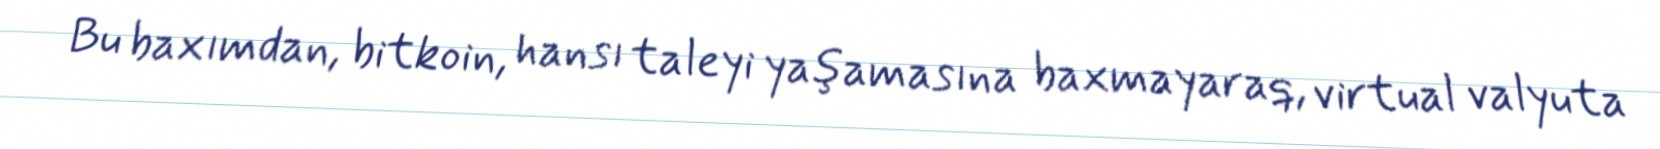
Bu baxımdan, bitkoin, hansı taleyi yaşamasına baxmayaraq, virtual valyuta